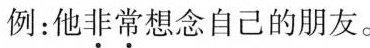
例：他非常想念自己的朋友。